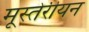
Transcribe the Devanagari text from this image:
मूस्तेरीयन